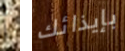
آ بإيذائك